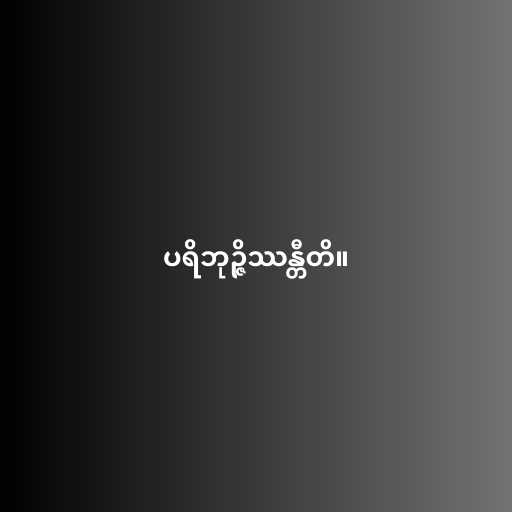
ပရိဘုဉ္ဇိဿန္တီတိ။